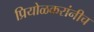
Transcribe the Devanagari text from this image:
प्रियोळकरांनीच